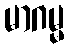
မာဂမ္မ